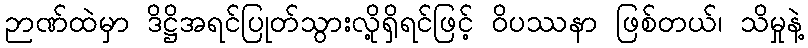
ဉာဏ်ထဲမှာ ဒိဋ္ဌိအရင်ပြုတ်သွားလို့ရှိရင်ဖြင့် ဝိပဿနာ ဖြစ်တယ်၊ သိမှုနဲ့